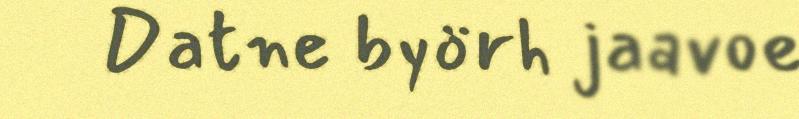
Datne byörh jaavoe